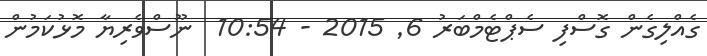
ގެއްލިގެން ގޮސްފި ސެޕްޓެމްބަރު 6